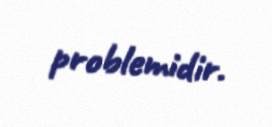
problemidir.